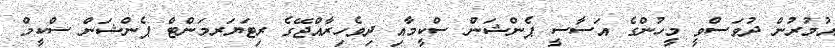
އުމުރުން ދުވަސްވީ މީހުންގެ އަސާސީ ޕެންޝަން ސްކީމާއި ދިވެހިރާއްޖޭގެ ރިޓަޔަރމަންޓް ޕެންޝަން ސްކީމް